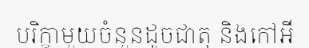
បរិក្ខាមួយចំនួនដូចជាតុ និងកៅអី